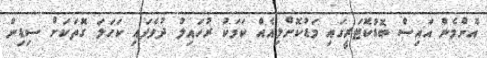
އެންމެން އައިސް ބޮޑުކޮޓަރީގައި މަޑުކޮށްލިއެއް ކަމަކު ރުހައިލު ދުވެފައި ކަހަލަ ގޮތަކަށް ސިޑިން